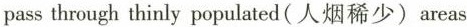
pass through thinly populated ( 人烟稀少） areas